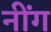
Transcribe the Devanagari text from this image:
नींग